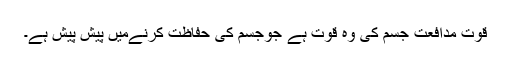
قوت مدافعت جسم کی وہ قوت ہے جوجسم کی حفاظت کرنےمیں پیش پیش ہے۔